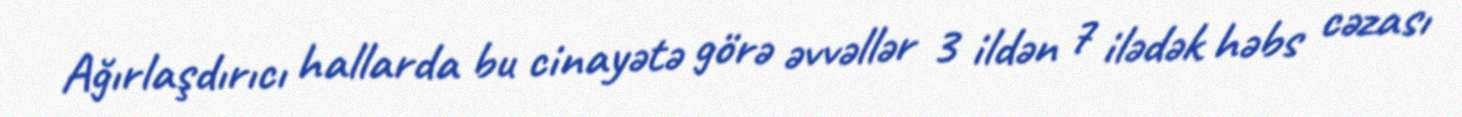
Ağırlaşdırıcı hallarda bu cinayətə görə əvvəllər 3 ildən 7 ilədək həbs cəzası